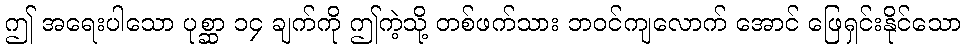
ဤ အရေးပါသော ပုစ္ဆာ ၁၄ ချက်ကို ဤကဲ့သို့ တစ်ဖက်သား ဘဝင်ကျလောက် အောင် ဖြေရှင်းနိုင်သော